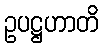
ဥပဋ္ဌဟာတိ